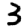
Digit: 3